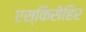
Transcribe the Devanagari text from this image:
एस्किसेहिर